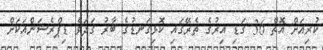
ކުރިއަށް އޮތް 36 ގަޑި އިރުގެ ތެރޭގައި ކޮޅިގަނޑުގެ ބާރު ގަދަވެ ޑިޕްރެޝަންއަކަށް